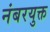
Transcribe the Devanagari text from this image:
नंबरयुक्त